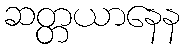
ဆတ္တယာနေန